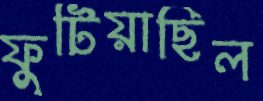
ফুটিয়াছিল